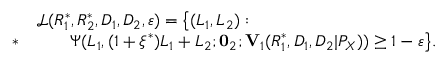
\begin{array} { r l } & { \mathcal { L } ( R _ { 1 } ^ { * } , R _ { 2 } ^ { * } , D _ { 1 } , D _ { 2 } , \varepsilon ) = \big \{ ( L _ { 1 } , L _ { 2 } ) : } \\ { * } & { \qquad \Psi ( L _ { 1 } , ( 1 + \xi ^ { * } ) L _ { 1 } + L _ { 2 } ; \mathbf { 0 } _ { 2 } ; \mathbf { V } _ { 1 } ( R _ { 1 } ^ { * } , D _ { 1 } , D _ { 2 } | P _ { X } ) ) \geq 1 - \varepsilon \big \} . } \end{array}